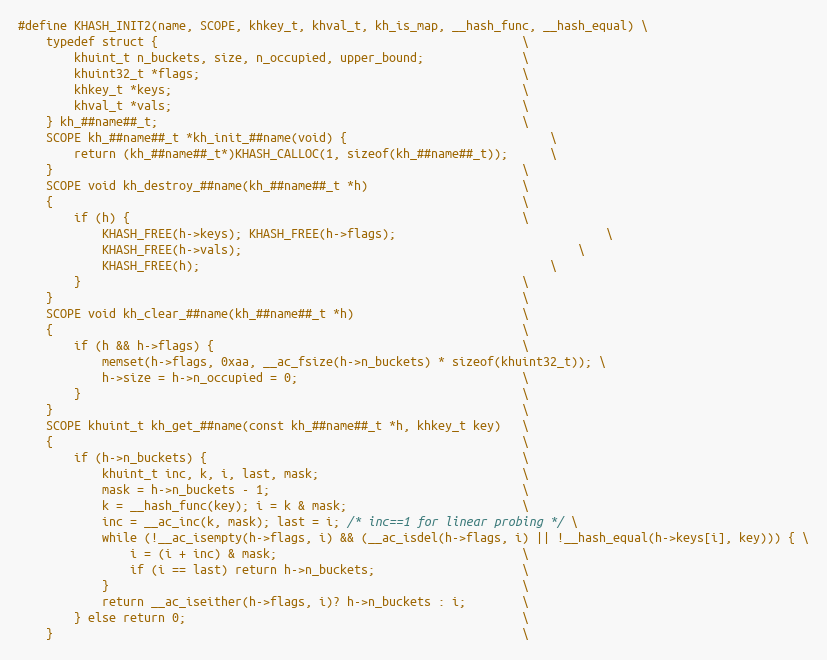
Language: C
#define KHASH_INIT2(name, SCOPE, khkey_t, khval_t, kh_is_map, __hash_func, __hash_equal) \
	typedef struct {													\
		khuint_t n_buckets, size, n_occupied, upper_bound;				\
		khuint32_t *flags;												\
		khkey_t *keys;													\
		khval_t *vals;													\
	} kh_##name##_t;													\
	SCOPE kh_##name##_t *kh_init_##name(void) {								\
		return (kh_##name##_t*)KHASH_CALLOC(1, sizeof(kh_##name##_t));		\
	}																	\
	SCOPE void kh_destroy_##name(kh_##name##_t *h)						\
	{																	\
		if (h) {														\
			KHASH_FREE(h->keys); KHASH_FREE(h->flags);								\
			KHASH_FREE(h->vals);												\
			KHASH_FREE(h);													\
		}																\
	}																	\
	SCOPE void kh_clear_##name(kh_##name##_t *h)						\
	{																	\
		if (h && h->flags) {											\
			memset(h->flags, 0xaa, __ac_fsize(h->n_buckets) * sizeof(khuint32_t)); \
			h->size = h->n_occupied = 0;								\
		}																\
	}																	\
	SCOPE khuint_t kh_get_##name(const kh_##name##_t *h, khkey_t key) 	\
	{																	\
		if (h->n_buckets) {												\
			khuint_t inc, k, i, last, mask;								\
			mask = h->n_buckets - 1;									\
			k = __hash_func(key); i = k & mask;							\
			inc = __ac_inc(k, mask); last = i; /* inc==1 for linear probing */ \
			while (!__ac_isempty(h->flags, i) && (__ac_isdel(h->flags, i) || !__hash_equal(h->keys[i], key))) { \
				i = (i + inc) & mask; 									\
				if (i == last) return h->n_buckets;						\
			}															\
			return __ac_iseither(h->flags, i)? h->n_buckets : i;		\
		} else return 0;												\
	}																	\